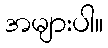
အများပါ။